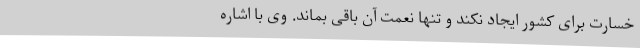
خسارت برای کشور ایجاد نکند و تنها نعمت آن باقی بماند. وی با اشاره